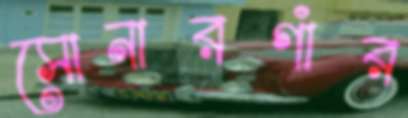
সোনারগাঁর